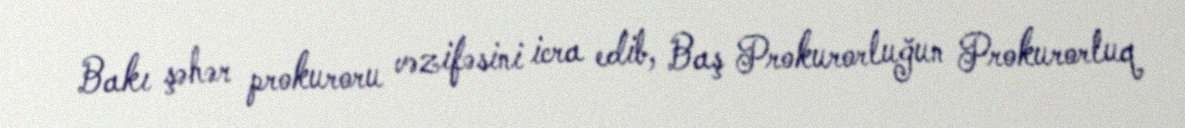
Bakı şəhər prokuroru vəzifəsini icra edib, Baş Prokurorluğun Prokurorluq